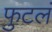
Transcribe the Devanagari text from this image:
फुटलं